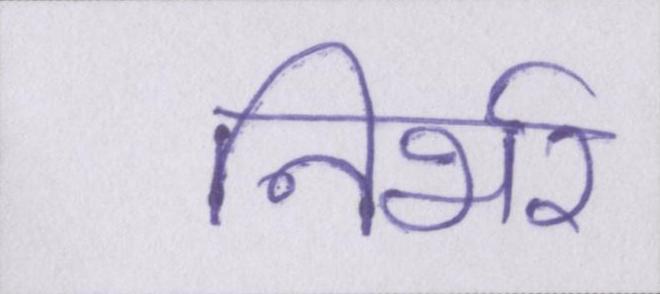
निर्भर